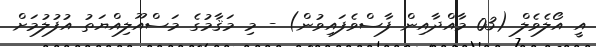
އީ އޯލެވެލް (03 މާއްދާއިން ފާސްވެފައިވުން) - މި މަޤާމުގެ މަސްއޫލިއްޔަތު އުފުލުމަށް